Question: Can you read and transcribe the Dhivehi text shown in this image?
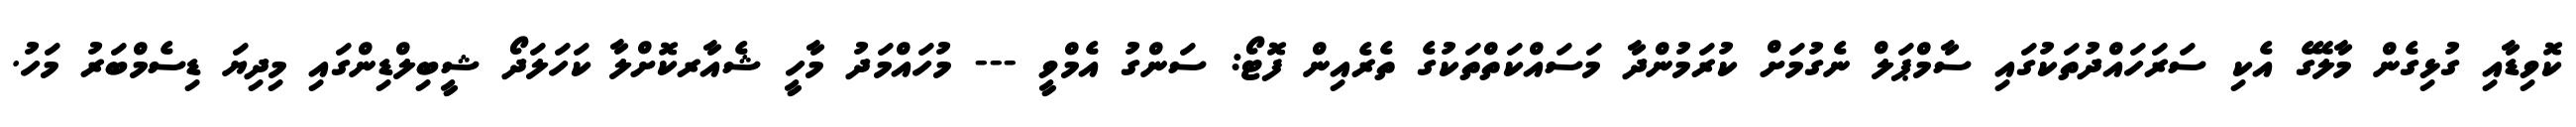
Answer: ކޮވިޑާއި ގުޅިގެން މާލޭގެ އެކި ސަރަހައްދުތަކުގައި ސާމްޕަލް ނެގުމަށް ކުރަމުންދާ މަސައްކަތްތަކުގެ ތެރެއިން ފޮޓޯ: ސަންގު އެމްވީ --- މުހައްމަދު މާހީ ޝެއާރކޮށްލާ ކަހަލަދޯ ޝީބިލްޑިންގައި މިދިޔަ ޑިސެމްބަރު މަހު.